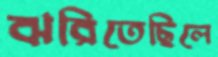
ঝরিতেছিলে